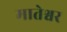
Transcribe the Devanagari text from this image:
मातेश्वर